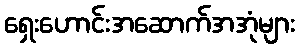
ရှေးဟောင်းအဆောက်အအုံများ